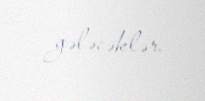
gələcəklər.